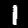
Label: 1